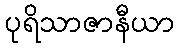
ပုရိသာဇာနီယာ